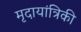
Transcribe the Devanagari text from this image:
मृदायांत्रिकी